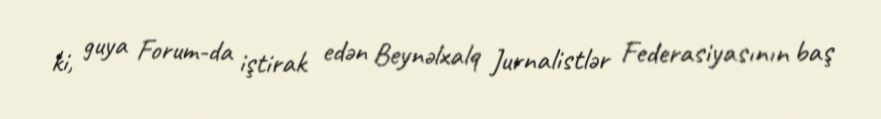
ki, guya Forum­da iştirak edən Beynəlxalq Jurnalistlər Federasiyasının baş